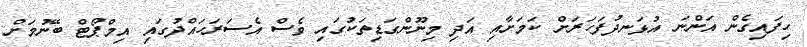
ހިފައިގެން އަންނަ އުޅަނދުފަހަރަށް ކަމަށާއި އަދި މިނޫންގަޑިތަކުގައި ވެސް އެސަރަހައްދުގައި އިމްޕޯޓް ބޭނުމަށް